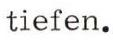
tiefen.